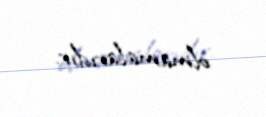
olmamalarıdır.